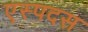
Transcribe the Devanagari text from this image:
एस्पदस